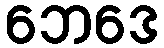
ဘေဒေ